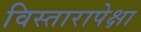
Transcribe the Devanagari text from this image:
विस्तारापेक्षा